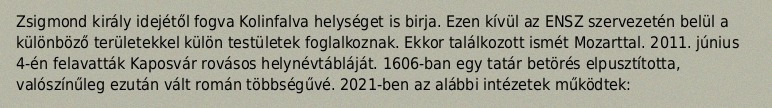
Zsigmond király idejétől fogva Kolinfalva helységet is birja. Ezen kívül az ENSZ szervezetén belül a különböző területekkel külön testületek foglalkoznak. Ekkor találkozott ismét Mozarttal. 2011. június 4-én felavatták Kaposvár rovásos helynévtábláját. 1606-ban egy tatár betörés elpusztította, valószínűleg ezután vált román többségűvé. 2021-ben az alábbi intézetek működtek: